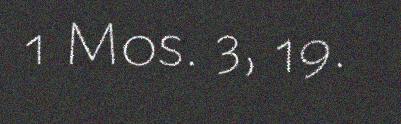
1 Mos. 3, 19.